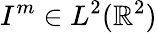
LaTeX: I^{m}\in{L^{2}(\mathbb{R}^{2})}